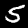
Label: 5